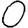
Digit: 0